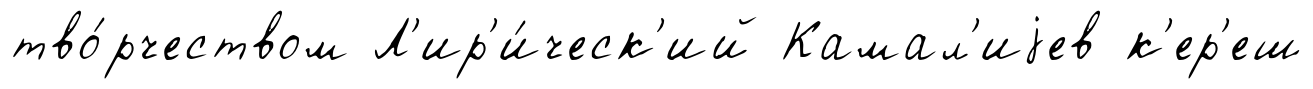
тво́рчеством Л'ир'и́ческ'ий Камал'иjев к'ер'еш